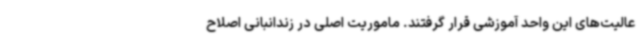
عالیت‌های این واحد آموزشی قرار گرفتند. ماموریت اصلی در زندانبانی اصلاح